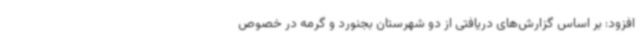
افزود: بر اساس گزارش‌های دریافتی از دو شهرستان بجنورد و گرمه در خصوص